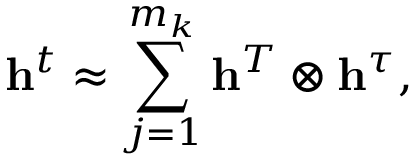
{ \mathbf { \mathbf { \mathbf { h } } } } ^ { t } \approx \sum _ { j = 1 } ^ { m _ { k } } { \mathbf { \mathbf { \mathbf { h } } } } ^ { T } \otimes { \mathbf { \mathbf { \mathbf { h } } } } ^ { \tau } ,